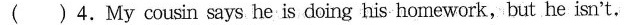
( )4.My cousin says he is doing his homework,but he isn't.